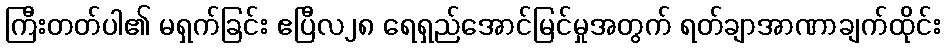
ကြီးတတ်ပါ၏ မရှက်ခြင်း ဧပြီလ၂၈ ရေရှည်အောင်မြင်မှုအတွက် ရတ်ချာအာဏာချက်ထိုင်း